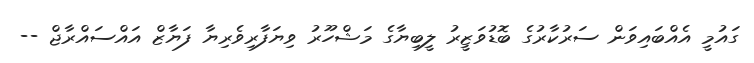
ގައުމީ އެއްބައިވަން ސަރުކާރުގެ ބޮޑުވަޒީރު ލީބިޔާގެ މަޝްހޫރު ވިޔަފާރިވެރިޔާ ފަޔާޒް އައްސައްރާޖް --